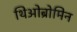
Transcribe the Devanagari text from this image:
थिओब्रोमिन